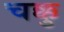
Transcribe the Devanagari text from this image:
चक्कु